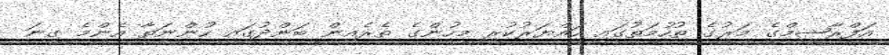
އަފްރާޝީމްގެ މަރުގެ ތުހުމަތުގައި ހައްޔަރުކުރި މީހުންގެ ތެރެއިން ބަންދުގައި ހުންނަތާ އެންމެ ގިނަ